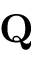
\mathbf { Q }